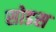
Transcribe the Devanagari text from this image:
सोडस